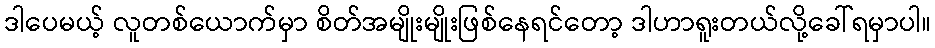
ဒါပေမယ့် လူတစ်ယောက်မှာ စိတ်အမျိုးမျိုးဖြစ်နေရင်တော့ ဒါဟာရူးတယ်လို့ခေါ်ရမှာပါ။